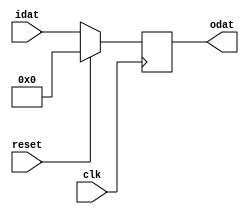
module ProgramCounter (
	input  wire        clk, reset,
	input  wire [15:0] idat,
	output reg  [15:0] odat
);
	
	initial odat = 16'h0000;
	always @(posedge clk) begin
		if(reset) odat <= 16'h0000;
		else odat <= idat;
	end
	
endmodule